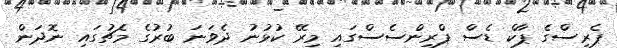
ޕެރިސްގެ ޕާކް ޑެސް ޕްރިންސެސްގައި މިރޭ ކުޅުނު ދެވަނަ ބުރުގެ މެޗުގައި ނޮދަން